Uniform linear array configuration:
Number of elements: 24
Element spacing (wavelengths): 1
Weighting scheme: blackman
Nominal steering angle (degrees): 45
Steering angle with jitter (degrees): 44.841
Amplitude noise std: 0.05
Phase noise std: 0.05

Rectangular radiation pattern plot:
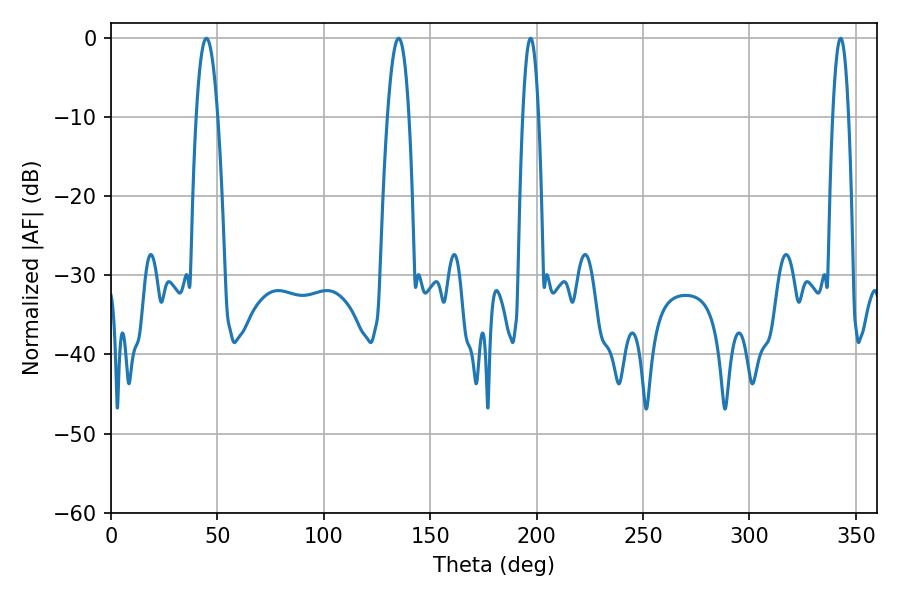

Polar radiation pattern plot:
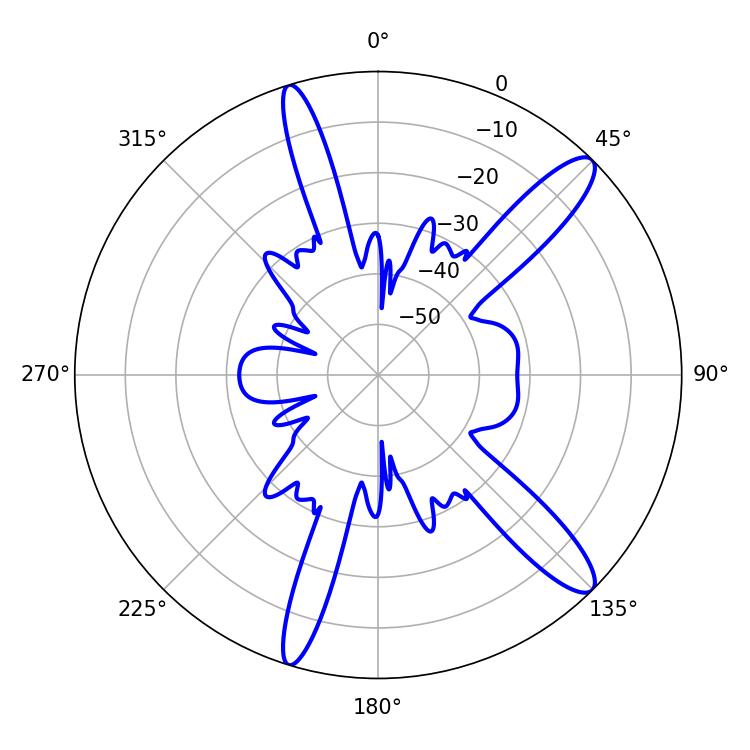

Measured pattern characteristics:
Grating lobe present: TRUE
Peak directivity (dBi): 12.892
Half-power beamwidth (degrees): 5.58
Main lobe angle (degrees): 44.82